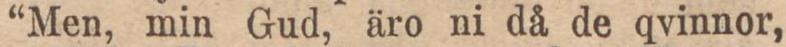
“Men, min Gud, äro ni då de qvinnor,